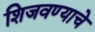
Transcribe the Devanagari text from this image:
शिजवण्याचे